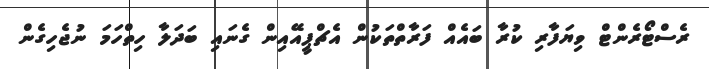
ރެސްޓޯރެންޓް ވިޔަފާރި ކުރާ ބައެއް ފަރާތްތަކުން އެޗްޕީއޭއިން ގެނައި ބަދަލާ ހިތްހަމަ ނުޖެހިގެން